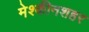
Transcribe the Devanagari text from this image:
मेश्कीनशहर